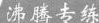
沸腾专练